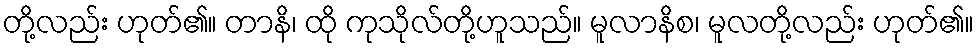
တို့လည်း ဟုတ်၏။ တာနိ၊ ထို ကုသိုလ်တို့ဟူသည်။ မူလာနိစ၊ မူလတို့လည်း ဟုတ်၏။